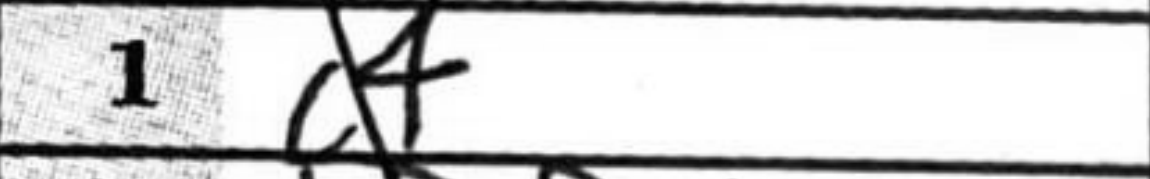
Transcription: d4